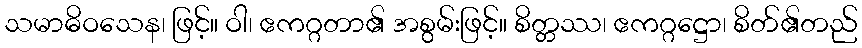
သမာဓိဝသေန၊ ဖြင့်။ ဝါ၊ ဧကဂ္ဂတာ၏ အစွမ်းဖြင့်။ စိတ္တဿ၊ ဧကဂ္ဂဋ္ဌော၊ စိတ်၏တည်